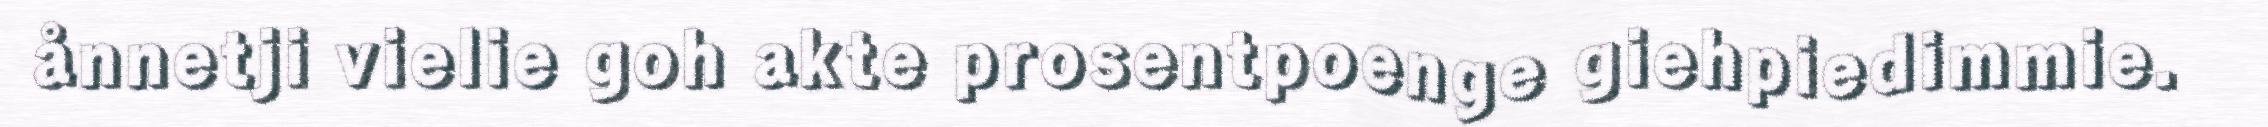
ånnetji vielie goh akte prosentpoenge giehpiedimmie.